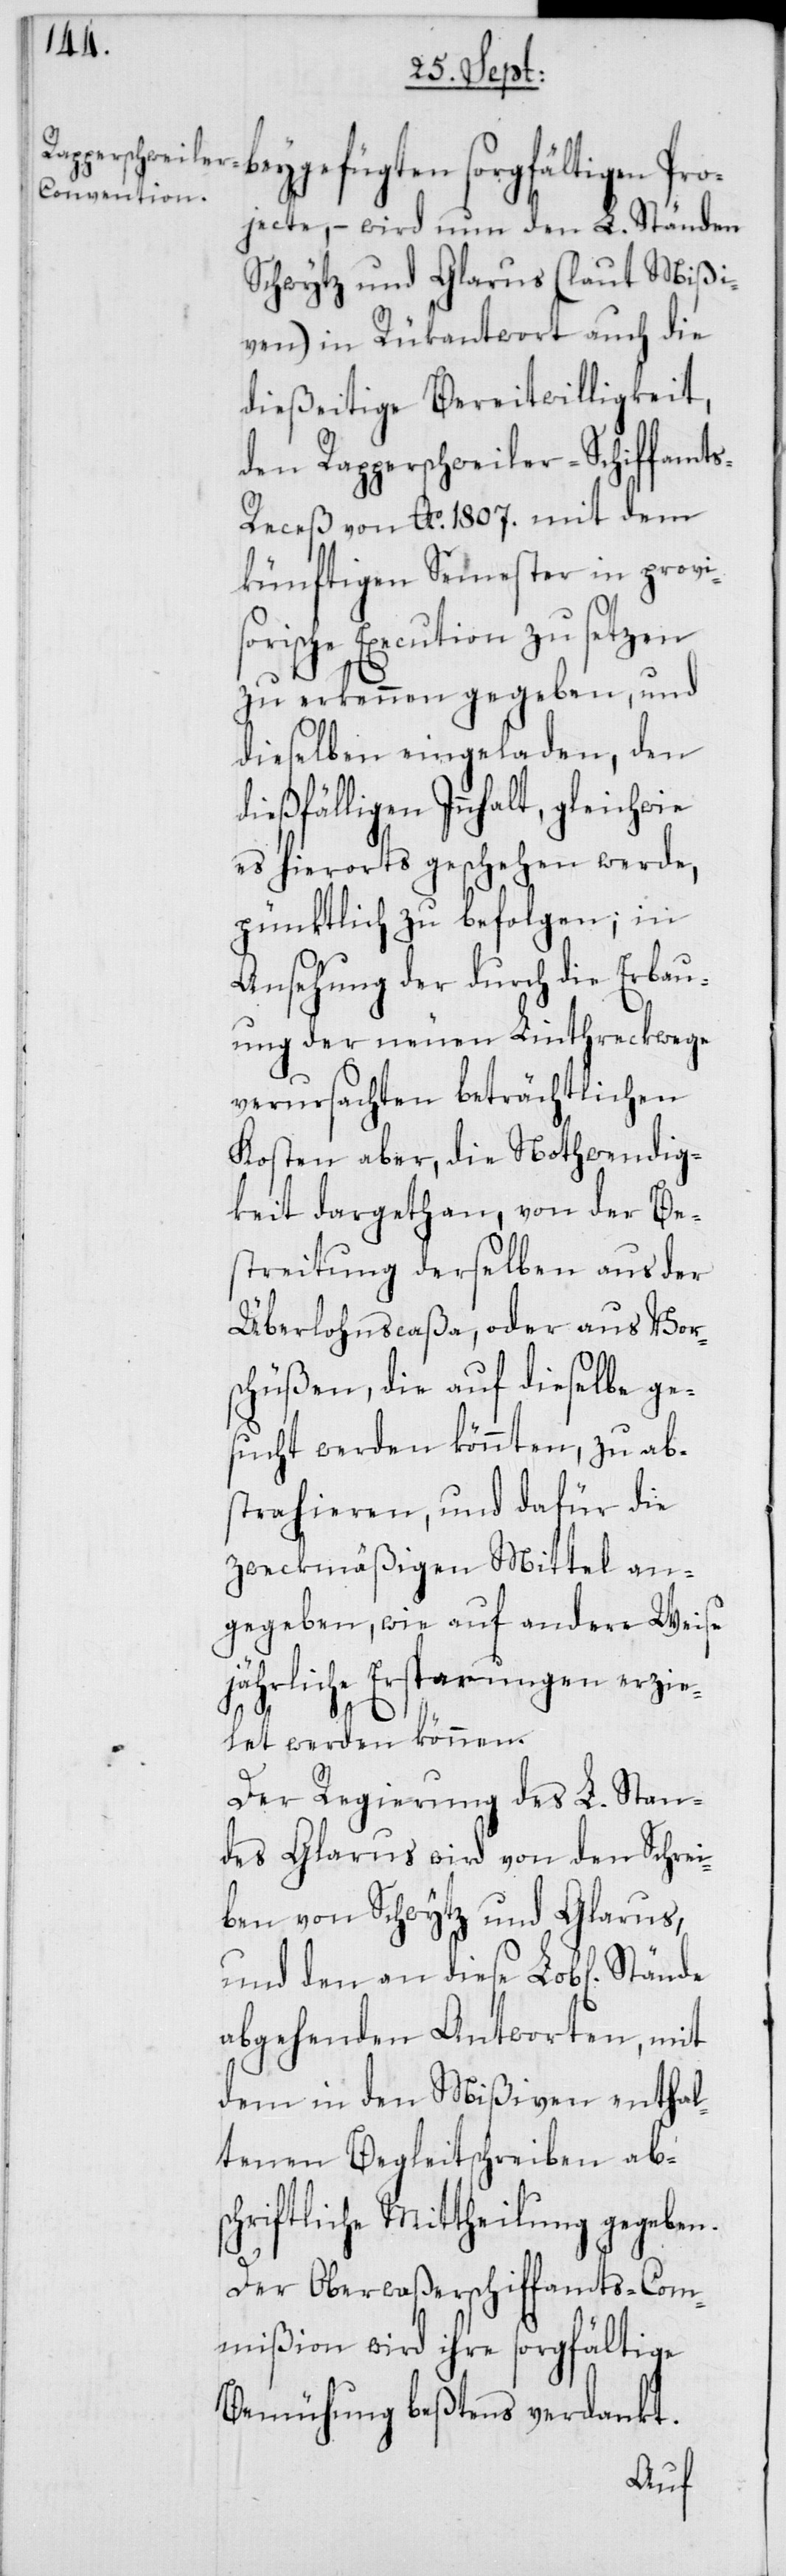
und den an diese
ojecte, – wird nun den L. Ständen
Schwytz und Glarus (laut Mißi¬
ven) in Rükantwort auch die
dießeitige Bereitwilligkeit,
den Rapperschweiler-Schiffamt¬
s-Receß von Ao. 1807. mit dem
künftigen Semester in provi¬
sorische Execution zu setzen
zu erkennen gegeben, und
dieselben eingeladen, den
dießfälligen Innhalt, gleichwie
es hierorts geschehen werde,
pünktlich zu befolgen; in
Ansehung der durch die Erbau¬
ung der neuen Linthreckwege
verursachten beträchtlichen
Kosten aber, die Nothwendig¬
keit dargethan, von der Be¬
streitung derselben aus der
Überlohnscaßa, oder aus Vor¬
schüßen, die auf dieselbe ge¬
sucht werden könnten, zu ab¬
strahieren, und dafür die
zweckmäßigen Mittel an¬
gegeben, wie auf andere Weise
jährliche Ersparungen erzie¬
let werden können.
Der Regierung des L. Stan¬
des Glarus wird von den Schrei¬
ben von Schwytz und Glarus,
abgehenden Antworten, mit
dem in den Mißiven enthal¬
tenen Begleitschreiben abs¬
chriftliche Mittheilung gegeben.
Der Oberwaßerschiffamts-Com¬
mißion wird ihre sorgfältige
Bemühung beßtens verdankt.